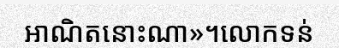
អាណិតនោះណា»។លោកទន់